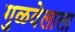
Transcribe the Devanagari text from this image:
गुळवेलाला